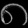
Digit: ၈